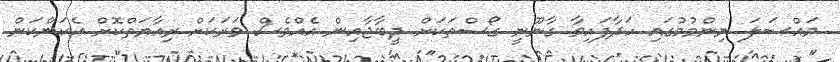
މައްސަލަ ނިންމުމުގައި ހަދާފައިވާ ގާނޫނީ ގޯސްތަކަށް ދީބާޖާއިން އެއްވެސް ވަރަކަށް ރިއާޔަތްކޮށް އެކަންކަން